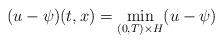
LaTeX: \begin{align*}(u-\psi)(t,x) = \min_{(0,T)\times H}(u-\psi)\end{align*}